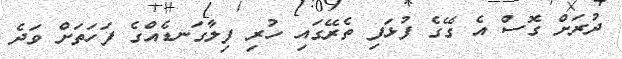
ދުރަށް ގޮސް އެ ގޭގެ ފުޅަފި ތެރޭގައި ހުރި ފިލާގަނޑެއްގެ ފަހަތަށް ވަދެ